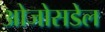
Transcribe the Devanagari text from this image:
ओजोसडेल